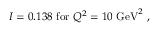
I = 0 . 1 3 8 \mathrm { ~ f o r ~ } Q ^ { 2 } = 1 0 \mathrm { ~ G e V } ^ { 2 } ~ ,